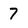
Character: 7